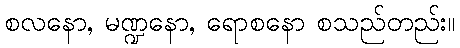
စလနော, မဏ္ဍနော, ရောစနော စသည်တည်း။